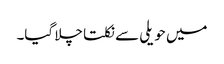
میں حویلی سے نکلتا چلا گیا۔